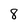
Character: 8